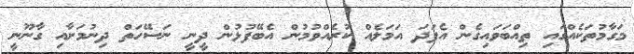
މަގާމުތަކެއްގައި ތިއްބަވައިގެން އެފަދަ އަމަލެއް ކުރެއްވުމުން އެބޭފުޅުން ދީނީ ނަސޭހަތް ދިނުމަށާއި ގާނޫނީ